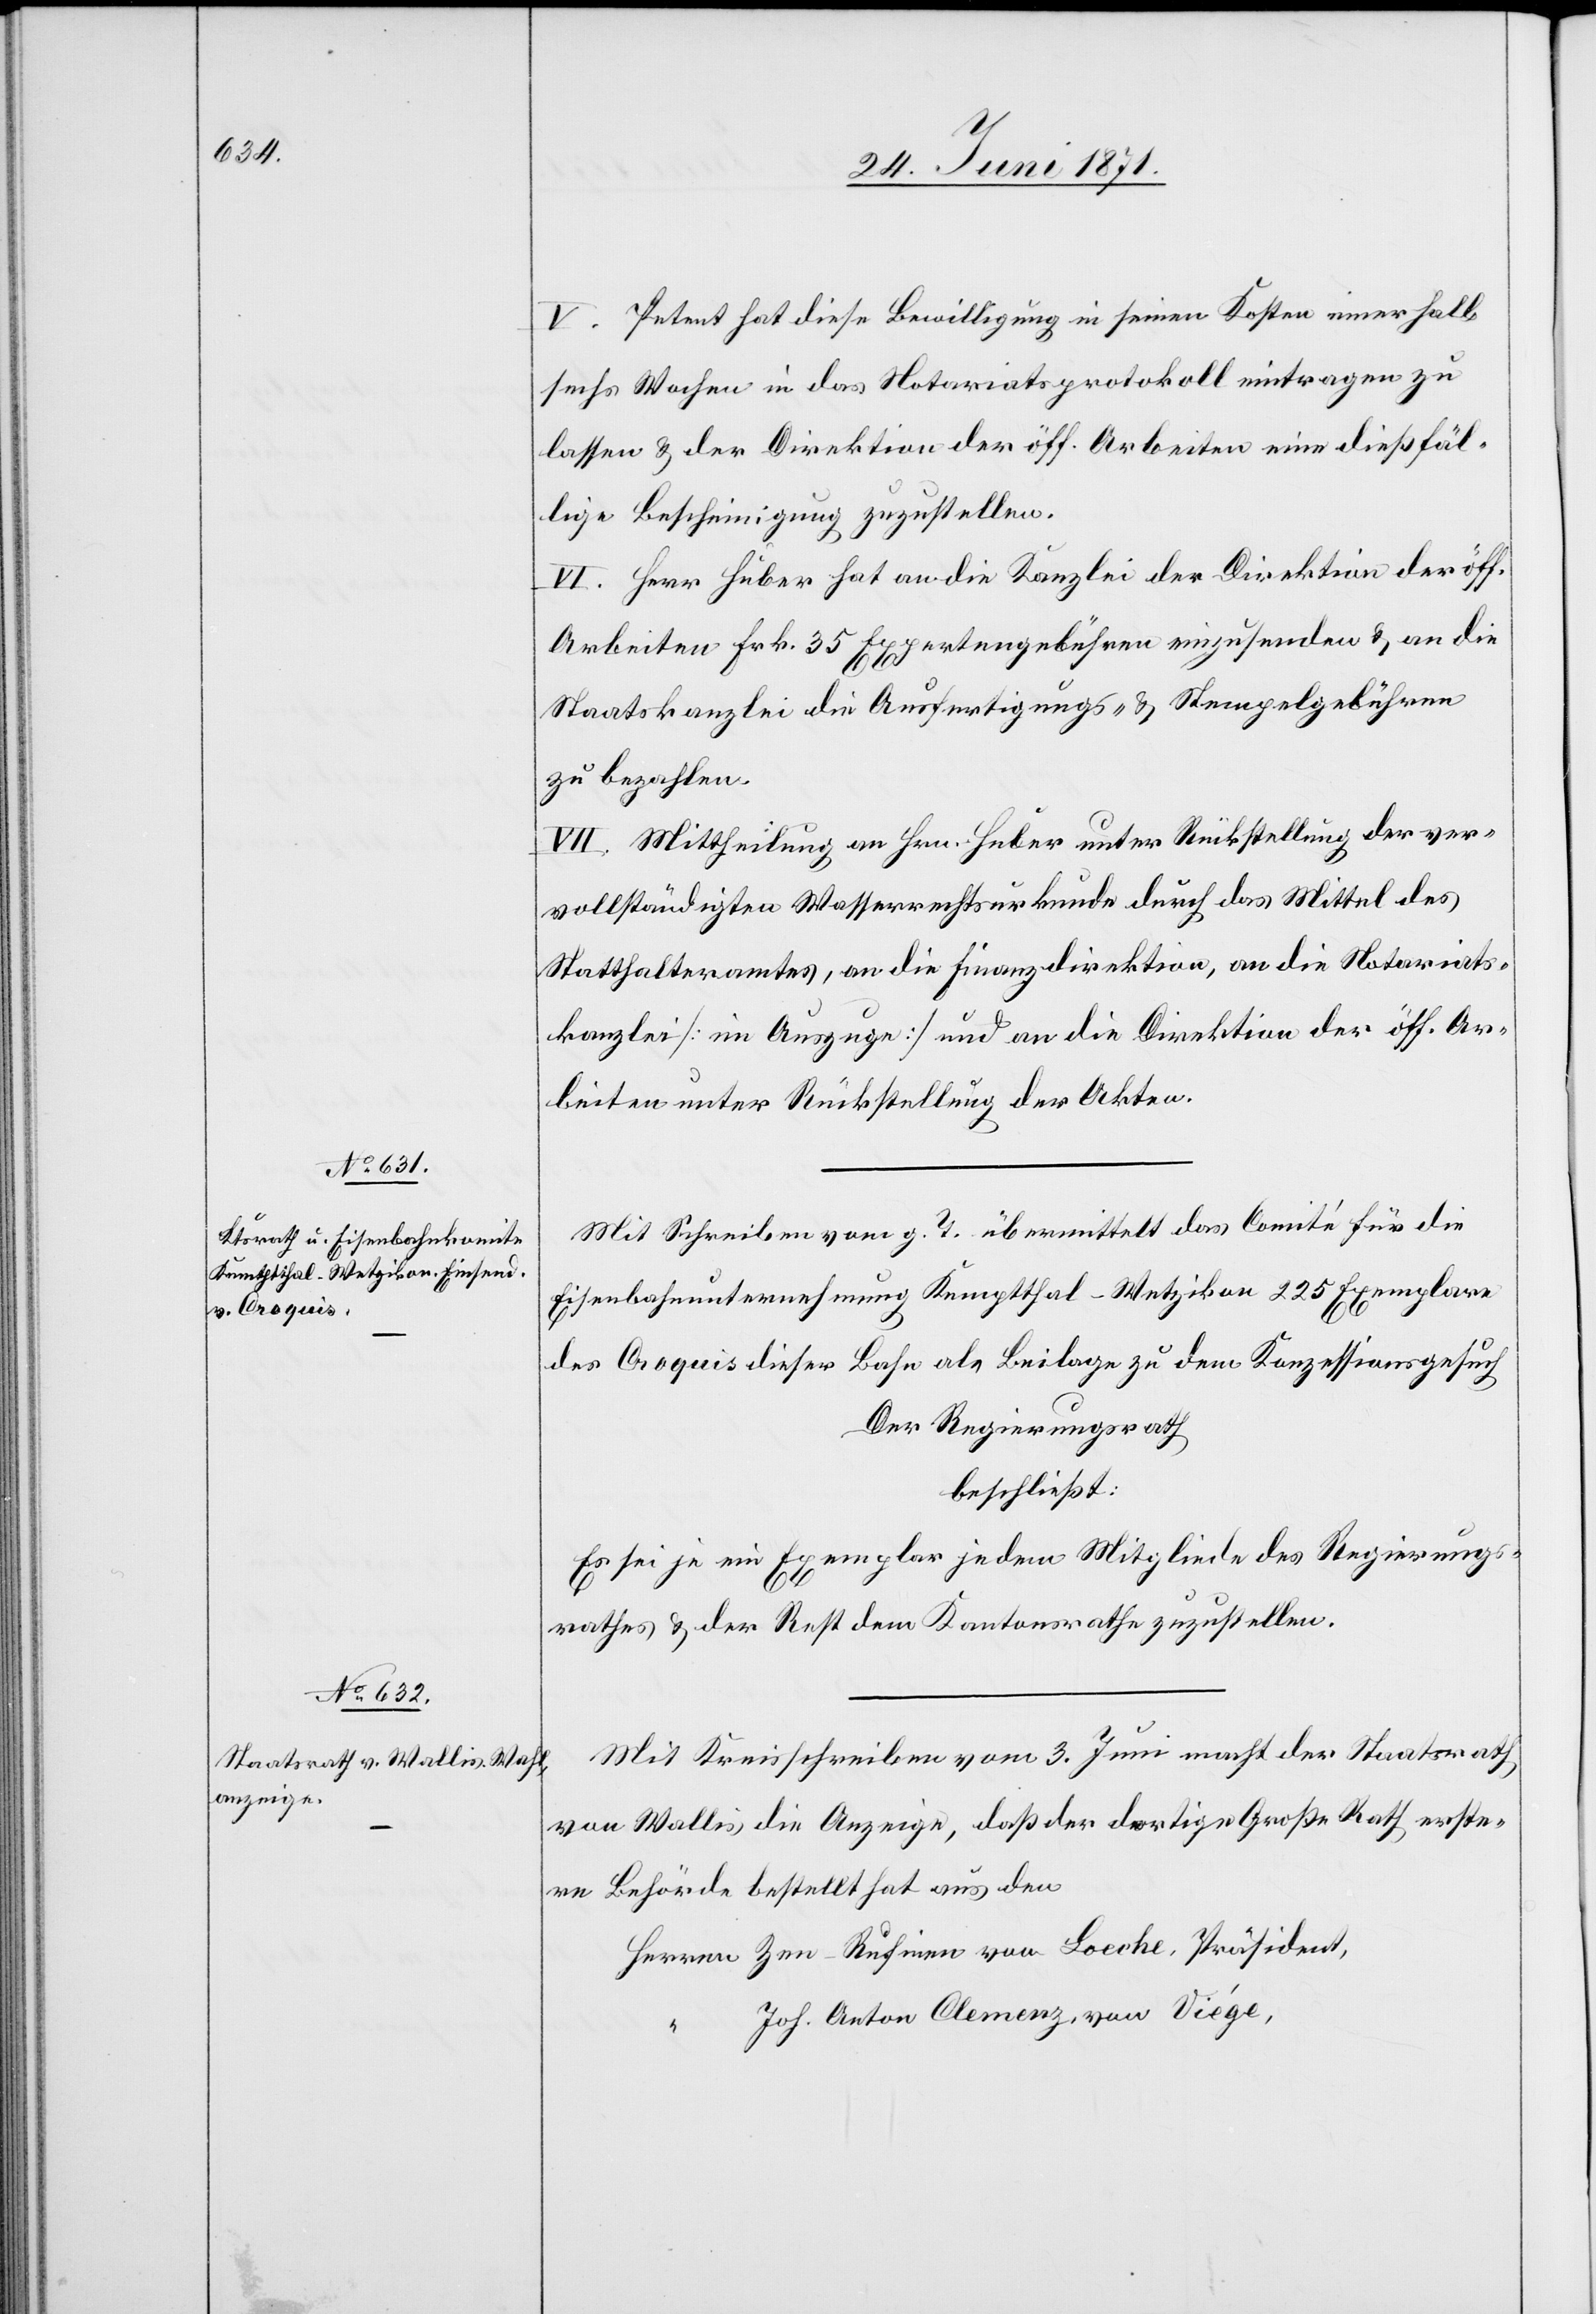
3.
V. Petent hat diese Bewilligung in seinen Kosten innerhalb
sechs Wochen in das Notariatsprotokoll eintragen zu
lassen u. der Direktion der öff. Arbeiten eine dießfäl¬
lige Bescheinigung zuzustellen.
VI. Herr Huber hat an die Kanzlei der Direktion der öff.
Arbeiten Frk. 35 Expertengebühren einzusenden u. an die
Staatskanzlei die Ausfertigungs- u. Stempelgebühren
zu bezahlen.
VII. Mittheilung an Hrn. Huber unter Rückstellung der ver¬
vollständigten Wasserrechtsurkunde durch das Mittel des
Statthalteramtes, an die Finanzdirektion, an die Notariats¬
kanzlei [im Auszuge] und an die Direktion der öff. Ar¬
beiten unter Rückstellung der Akten.
Mit Schreiben vom g. T. übermittelt das Comité für die
Eisenbahnunternehmung Kemptthal-Wetzikon 225 Exemplare
des Croquis dieser Bahn als Beilage zu dem Konzessionsgesuch
Der Regierungsrath
beschließt:
Es sei je ein Exemplar jedem Mitgliede des Regierungs¬
rathes u. der Rest dem Kantonsrathe zuzustellen.
von Wallis die Anzeige, daß der dortige Große Rath erste¬
re Behörde bestellt hat aus den
Herren Zenn-Ruf[?nien] von Loeche, Präsident,
“ Joh. Anton Clemenz, von Viége,